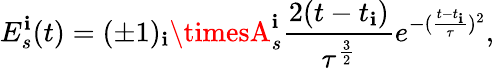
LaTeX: E_{s}^{\mathbf{i}}(t)=(\pm1)_{\mathbf{i}}\timesA_{s}^{\mathbf{i}}\frac{{2(t-t_{\mathbf{i}})}}{{\tau^{\frac{{3}}{{2}}}}}e^{-(\frac{{t-t_{\mathbf{i}}}}{{\tau}})^{2}},